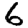
Digit: 6